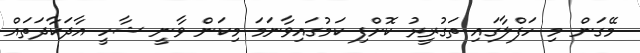
މޭގަން މި ހަފްލާގައި ތަގުރީރު ކޮށްފި ކަމުގައިވާނަމަ މިކަން ވާނީ ޝާހީ އާދަކާދަތައް